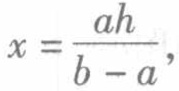
\(x = \frac{ah}{b - a},\)